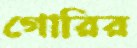
গোরির